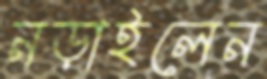
নড়াইলেন